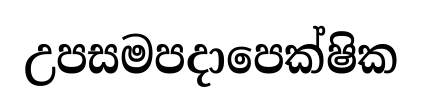
උපසමපදාපෙක්ෂික